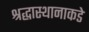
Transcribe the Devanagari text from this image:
श्रद्धास्थानाकडे